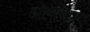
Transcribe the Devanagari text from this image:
ओषधिप्रद